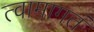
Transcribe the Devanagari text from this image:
त्वामागतं